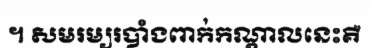
។ សមរម្យរបាំងពាក់កណ្តាលនេះគឺ